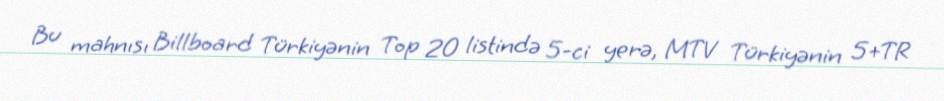
Bu mahnısı Billboard Türkiyənin Top 20 listində 5-ci yerə, MTV Türkiyənin 5+TR